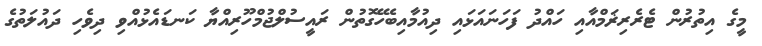
މީގެ އިތުރުން ޓެރެރިޜަމްއާއި ހައްދު ފަހަނައަޅައި ދިއުމާއިބެހޭގޮތުން ރައީސުލްޖުމްހޫރިއްޔާ ކަނޑައެޅުއްވި ދިވެހި ދައުލަތުގެ